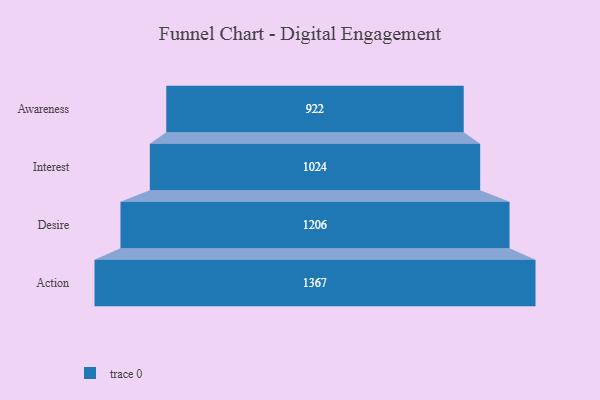
{"axis": {"x": "Stage", "y": "Value"}, "legend": [""], "data": [{"x": "Awareness", "y": 922.0, "type": ""}, {"x": "Interest", "y": 1024.0, "type": ""}, {"x": "Desire", "y": 1206.0, "type": ""}, {"x": "Action", "y": 1367.0, "type": ""}]}